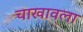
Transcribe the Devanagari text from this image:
चाखावला